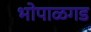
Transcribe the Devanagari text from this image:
भोपाळगड